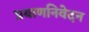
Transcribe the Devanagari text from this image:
प्रयाणनिवेदन